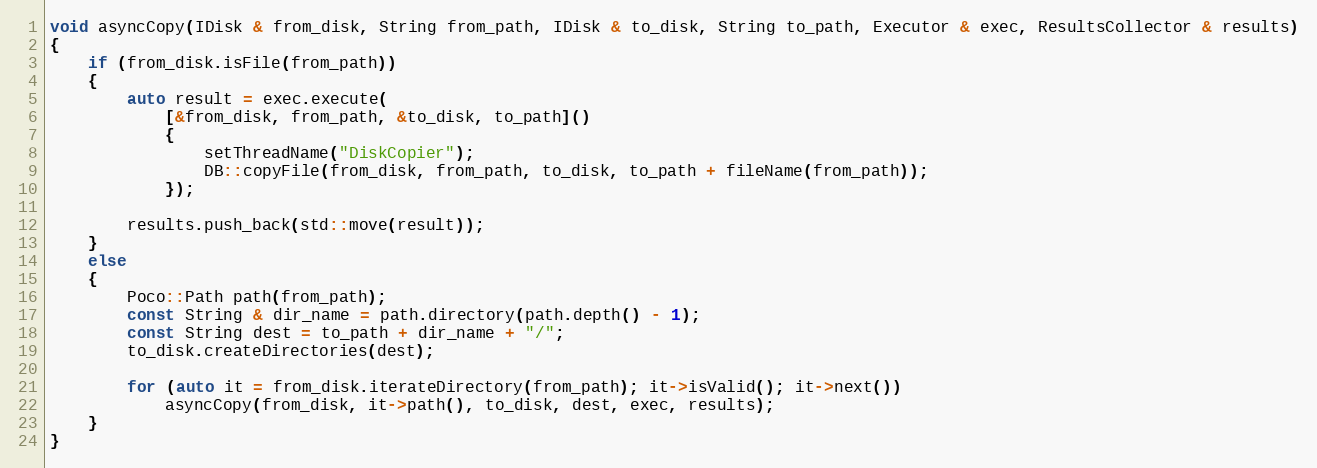
Language: C++
void asyncCopy(IDisk & from_disk, String from_path, IDisk & to_disk, String to_path, Executor & exec, ResultsCollector & results)
{
    if (from_disk.isFile(from_path))
    {
        auto result = exec.execute(
            [&from_disk, from_path, &to_disk, to_path]()
            {
                setThreadName("DiskCopier");
                DB::copyFile(from_disk, from_path, to_disk, to_path + fileName(from_path));
            });

        results.push_back(std::move(result));
    }
    else
    {
        Poco::Path path(from_path);
        const String & dir_name = path.directory(path.depth() - 1);
        const String dest = to_path + dir_name + "/";
        to_disk.createDirectories(dest);

        for (auto it = from_disk.iterateDirectory(from_path); it->isValid(); it->next())
            asyncCopy(from_disk, it->path(), to_disk, dest, exec, results);
    }
}